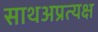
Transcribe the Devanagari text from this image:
साथअप्रत्यक्ष